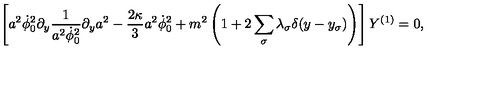
\left[ a ^ { 2 } \dot { \phi } _ { 0 } ^ { 2 } \partial _ { y } \frac { 1 } { a ^ { 2 } \dot { \phi } _ { 0 } ^ { 2 } } \partial _ { y } a ^ { 2 } - \frac { 2 \kappa } { 3 } a ^ { 2 } \dot { \phi } _ { 0 } ^ { 2 } + m ^ { 2 } \left( 1 + 2 \sum _ { \sigma } \lambda _ { \sigma } \delta ( y - y _ { \sigma } ) \right) \right] Y ^ { ( 1 ) } = 0 ,